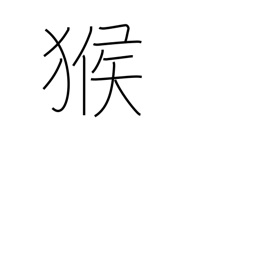
Meaning: monkey